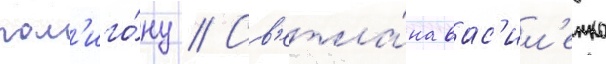
пол'иго́ну // Св'етла́на вас'ил'енко